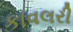
કાવલરી